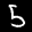
Label: 5